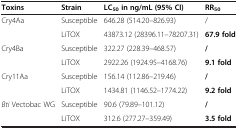
| Toxins | Strain | LC50in ng/mL (95% CI) | RR50 |
 | --- | --- | --- | --- |
 | Cry4Aa | Susceptible | 646.28 (514.20–826.93) | / |
 |  | LiTOX | 43873.12 (28396.11–78207.31) | 67.9 fold |
 | Cry4Ba | Susceptible | 322.27 (228.39–468.57) | / |
 |  | LiTOX | 2922.26 (1924.95–4168.76) | 9.1 fold |
 | Cry11Aa | Susceptible | 156.14 (112.86–219.46) | / |
 |  | LiTOX | 1434.81 (1146.52–1774.22) | 9.2 fold |
 | Bti Vectobac WG | Susceptible | 90.6 (79.89–101.12) | / |
 |  | LiTOX | 312.6 (277.27–359.49) | 3.5 fold |